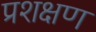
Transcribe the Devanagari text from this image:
प्रशक्षण